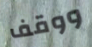
ووقف